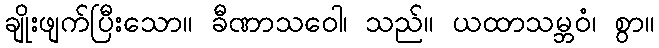
ချိုးဖျက်ပြီးသော။ ခီဏာသဝေါ၊ သည်။ ယထာသမ္ဘဝံ၊ စွာ။